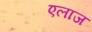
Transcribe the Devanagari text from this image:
एलाज